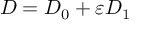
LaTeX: D = D _ { 0 } + \varepsilon D _ { 1 }